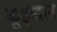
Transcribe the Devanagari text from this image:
कूड़ादान